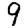
Digit: 9